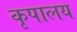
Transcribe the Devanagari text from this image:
कृपालय